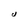
Character: U